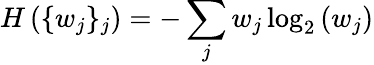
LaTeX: H\left(\{ w_{j}\} _{j}\right)=-\sum_{j}w_{j}\log_{2}\left(w_{j}\right)